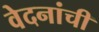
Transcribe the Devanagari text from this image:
वेदनांची